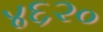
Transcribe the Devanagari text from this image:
४६२०